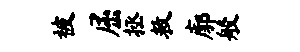
被屈拯救廓般